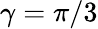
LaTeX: \gamma=\pi/3